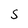
Character: S